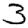
Digit: 3